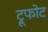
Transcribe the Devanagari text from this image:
ट्रूफोट